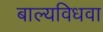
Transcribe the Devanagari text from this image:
बाल्यविधवा